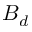
B _ { d }